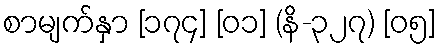
စာမျက်နှာ [၁၇၄] [၀၁] (နိ-၃၂၇) [၀၅]